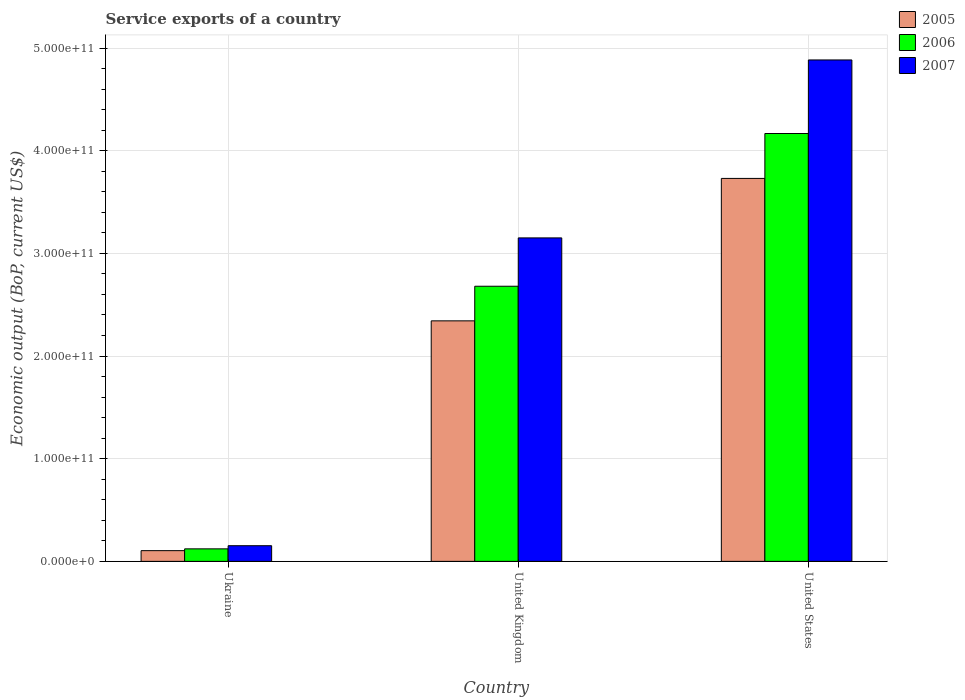
| Country | 2005 | 2006 | 2007 |
 | --- | --- | --- | --- |
 | Ukraine | 1.04e+10 | 1.22e+10 | 1.52e+10 |
 | United Kingdom | 2.34e+11 | 2.68e+11 | 3.15e+11 |
 | United States | 3.73e+11 | 4.17e+11 | 4.88e+11 |